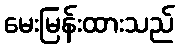
မေးမြန်းထားသည်